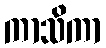
ကာသိကာ